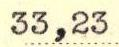
33,23